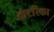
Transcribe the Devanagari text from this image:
कंटरिका